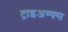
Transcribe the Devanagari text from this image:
ट्राइअम्फ्स